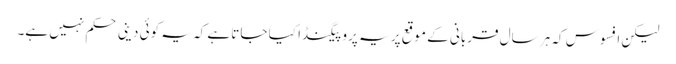
لیکن افسوس کہ ہر سال قربانی کے موقع پر یہ پروپیگنڈا کیا جاتا ہے کہ یہ کوئی دینی حکم نہیں ہے۔